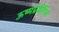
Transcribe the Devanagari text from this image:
ऊष्मप्रवैगिक